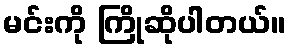
မင်းကို ကြိုဆိုပါတယ်။